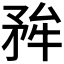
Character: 𭿺